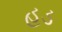
હડ